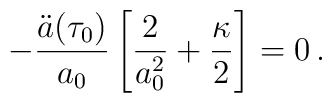
-\frac{\ddot{a} (\tau_0 )}{a_0} \left[ \frac{2}{a_0^{2}} + \frac{\kappa}{2} \right] = 0\,.